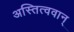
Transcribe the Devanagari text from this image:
अस्तित्ववान्‌